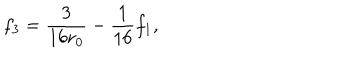
f _ { 3 } = \frac { 3 } { 1 6 r _ { 0 } } - \frac { 1 } { 1 6 } f _ { 1 } ,